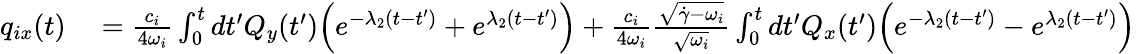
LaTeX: \begin{array}{rl}{q_{ix}(t)}&{{}=\frac{c_{i}}{4\omega_{i}}\int_{0}^{t}dt^{\prime}Q_{y}(t^{\prime})\Bigl(e^{-\lambda_{2}(t-t^{\prime})}+e^{\lambda_{2}(t-t^{\prime})}\Bigr)+\frac{c_{i}}{4\omega_{i}}\frac{\sqrt{\dot{\gamma}-\omega_{i}}}{\sqrt{\omega_{i}}}\int_{0}^{t}dt^{\prime}Q_{x}(t^{\prime})\Bigl(e^{-\lambda_{2}(t-t^{\prime})}-e^{\lambda_{2}(t-t^{\prime})}\Bigr)}\end{array}